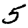
Digit: 5